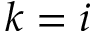
k = i